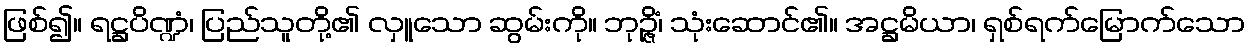
ဖြစ်၍။ ရဋ္ဌပိဏ္ဍံ၊ ပြည်သူတို့၏ လှူသော ဆွမ်းကို။ ဘုဉ္ဇိံ၊ သုံးဆောင်၏။ အဋ္ဌမိယာ၊ ရှစ်ရက်မြောက်သော